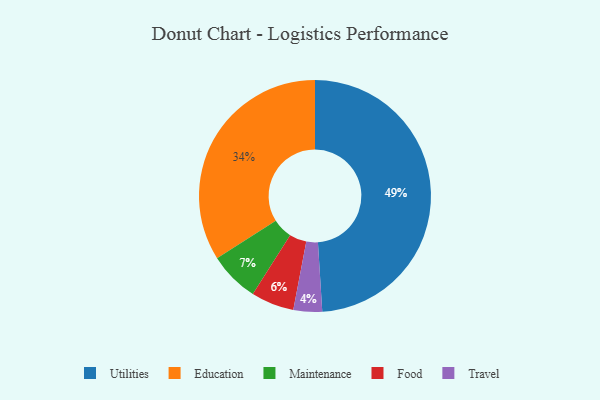
{"axis": {"x": "Category", "y": "Percentage"}, "legend": ["Education", "Food", "Maintenance", "Travel", "Utilities"], "data": [{"x": "Education", "y": 34, "type": "Education"}, {"x": "Maintenance", "y": 7, "type": "Maintenance"}, {"x": "Utilities", "y": 49, "type": "Utilities"}, {"x": "Food", "y": 6, "type": "Food"}, {"x": "Travel", "y": 4, "type": "Travel"}]}